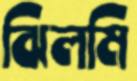
ঝিলমি